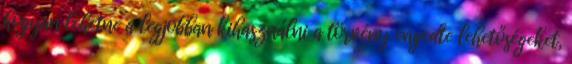
hogyan lehetne a legjobban kihasználni a törvény engedte lehetőségeket,